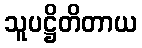
သူပဋ္ဌိတိတာယ